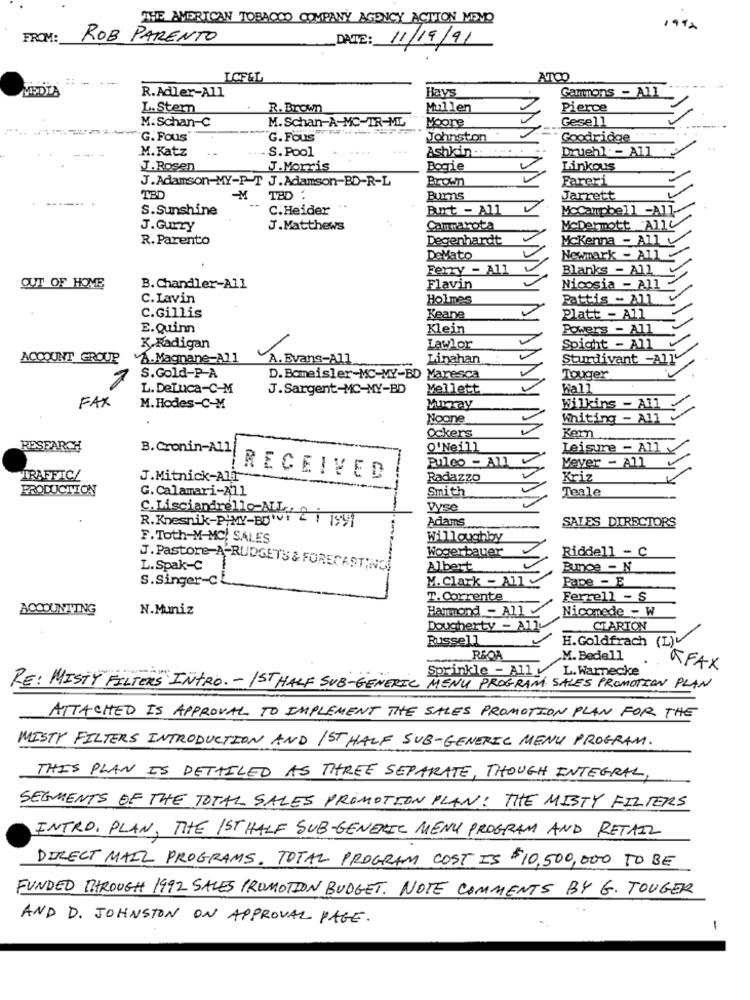
THE AMERICAN TOBACCO COMPANY AGENCY ACTION MEMO
FROM:
ROB PARENTO
DATE: 11/19/91
--
LCF&L
ATOO
MEDIA
Hays
Gammons - All
R.Adler-All
L. Stern
R. Brown
Mullen
Pierce
M.Schan-A-MC-IR-ML
Moore
Gesell
M. Schan-C
""G. Fous"
G.Fous
Johnston
Goodridge
M. Katz
.S. Pool
...
Ashkin.
....
Druehl -- All
J. Rosen
J.Morris
Bogie
Linkous
J.Adamson-MY-P-T J. Adamson-BD-R-L
Brown
Fareri
TBD
-M
TBD :
Burns
Jarrett
S.Sunshine
C.Heider
Burt - All
MoCampbell -All
J.Gurry
J.Matthews
Cammarota
McDermott 'Alle
R. Parento
Degenhardt
Mckenna - Ally
DeVato
Newmark - All -
Ferry - All
Blanks - All
OUT OF HOME
B. Chandler-All
Flavin
Nicosia - All-
C.Lavin
Holmes
Pattis - All
C.Gillis
Keane
Platt - All
E.Quinn
Klein
Powers - All
K.Radigan
Lawlor
Spight - All
ACCOUNT GROUP
A. Magnane-All
A. Evans-All
Linahan
Sturdivant -A11
S.Gold-P-A
D.Bomeisler-MC-MY-BD Maresca
Touger
L. DeLuca-C-M
J.Sargent-MC-MY-BD
Mellett
Kall
FAX
M.Hodes-C-M
Murray
Wilkins - All
Noone
Whiting - All
Kern
Ockers
RESEARCH
B. Cronin-All|
O' Neill
Leisure - Ally
Pulco - All
Meyer - All
TRAFFIC/
J.Mitnick-All
RECEIVED
Radazzo
Kriz
PRODUCTION
Smith
Teale
G.Calamari-All
C.Lisciandrello-Allra
Vse
R.Knesnik-P'MY-BOI 4 1 1991
Adams
SALES DIRECTORS
F. Toth-M-MC SALES
Willoughby
Wogerbauer
Riddell - C
L.Spak-C
J. Pastore-A-RUDGETS & FORECASTING
Albert
Bumce - N
S.Singer-C
M. Clark - All
Pape - E
T. Corrente
Ferrell - S
ACCOUNTING
N.Muniz
Hammond - All
Nicomede - W
Dougherty - Ally
CIARTON
Russell
H.Goldfrach (L)v
R&OA
M. Bedell
Sprinkle - All
L. Warnecke
AFAX
RE: MISTY FILTERS INTRO. - 1ST HALF SUB-GENERIC MENU PROGRAM SALES PROMOTION PLAN
ATTACHED IS APPROVAL TO IMPLEMENT THE SALES PROMOTION PLAN FOR THE
MISTY FILTERS INTRODUCTION AND 1ST HALF SUB-GENERIC MENU PROGRAM.
THIS PLAN IS DETAILED AS THREE SEPARATE, THOUGH INTEGRAL,
SEGMENTS OF THE TOTAL SALES PROMOTION PLAN: THE MISTY FILTERS
INTRO. PLAN, THE IST HALF SUB-GENERIC MENU PROGRAM AND RETAIL
DIRECT MAIL PROGRAMS. TOTAL PROGRAM COST IS $10,500,000 TO BE
FUNDED THROUGH 1992 SALES PROMOTION BUDGET. NOTE COMMENTS BY G. TOUGER
AND D. JOHNSTON ON APPROVAL PAGE.